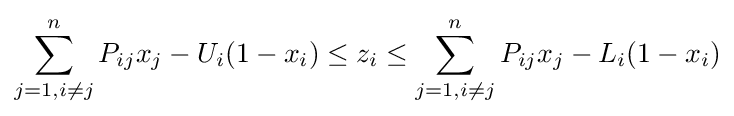
\sum _{j=1,i\neq j}^{n}P_{ij}x_{j}-U_{i}(1-x_{i})\leq z_{i}\leq \sum _{j=1,i\neq j}^{n}P_{ij}x_{j}-L_{i}(1-x_{i})